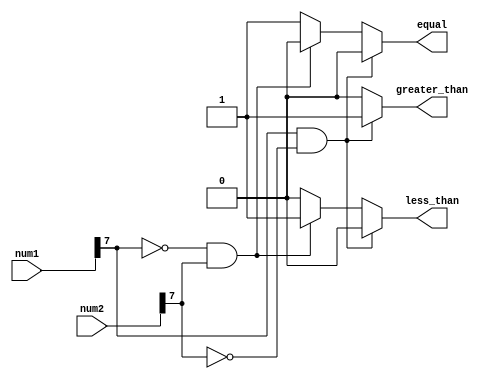
module signed_magnitude_comparator (
    input signed [7:0] num1,
    input signed [7:0] num2,
    output reg equal,
    output reg greater_than,
    output reg less_than
);

reg sign_bit1, sign_bit2;

assign sign_bit1 = num1[7];
assign sign_bit2 = num2[7];

always @* begin
    if (sign_bit1 == 1 && sign_bit2 == 0) begin
        greater_than = 1;
        less_than = 0;
        equal = 0;
    end else if (sign_bit1 == 0 && sign_bit2 == 1) begin
        greater_than = 0;
        less_than = 1;
        equal = 0;
    end else begin
        greater_than = 0;
        less_than = 0;
        equal = 1;
    end
end

endmodule